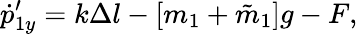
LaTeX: \dot{p}_{1y}^{\prime}=k\Delta l-[m_{1}+\tilde{m}_{1}]g-F,